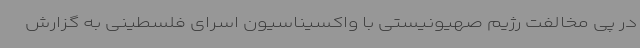
در پی مخالفت رژیم صهیونیستی با واکسیناسیون اسرای فلسطینی به گزارش